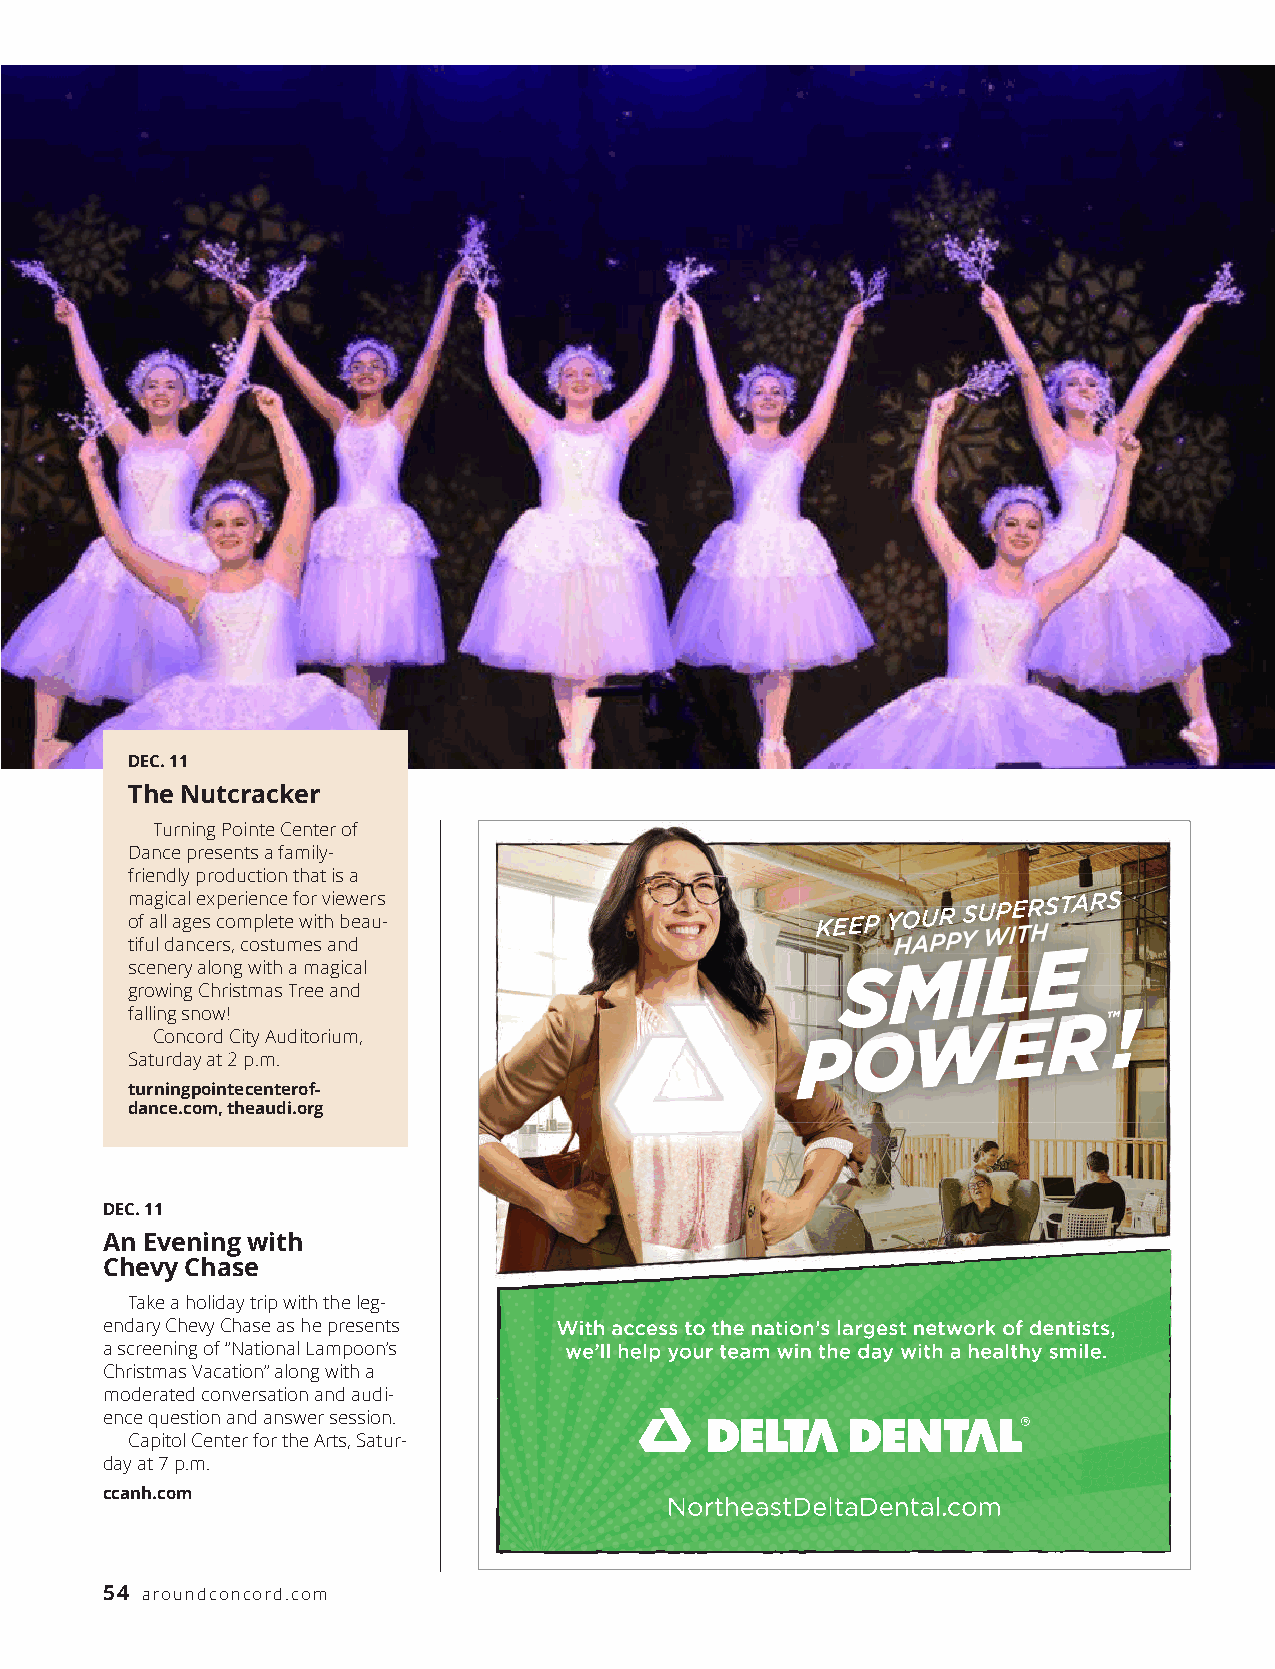
DEC. 11
 The Nutcracker
 Turning Pointe Center of
 Dance presents a family-
 friendly production that is a
 magical experience for viewers
 of all ages complete with beau-
 tiful dancers, costumes and
 scenery along with a magical
 growing Christmas Tree and
 falling snow!
 Concord City Auditorium,
 Saturday at 2 p.m.
 t u r n i n g p o i n t e c e n t e ro f -
 dance.com, theaudi.org
 DEC. 11
 An Evening with
 Chevy Chase
 Take a holiday trip with the leg-
 endary Chevy Chase as he presents
 a screening of “National Lampoon’s
 Christmas Vacation”along with a
 moderated conversation and audi-
 ence question and answer session.
 Capitol Center for the Arts, Satur-
 day at 7 p.m.
 ccanh.com
 54 a ro u n d c o n c o rd . c o m